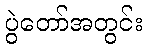
ပွဲတော်အတွင်း